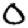
Digit: 0